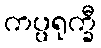
ကပ္ပရုက္ခီ